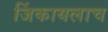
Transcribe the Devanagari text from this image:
जिंकायलाच